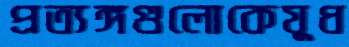
প্রত্যঙ্গগুলোকেযুধ